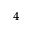
^ 4